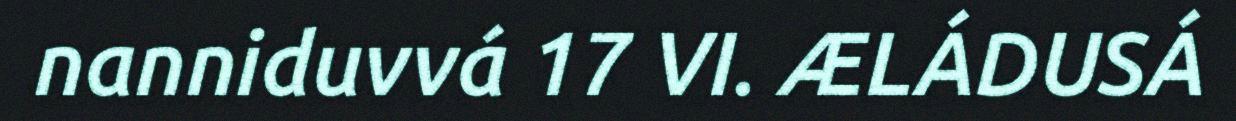
nanniduvvá 17 VI. ÆLÁDUSÁ